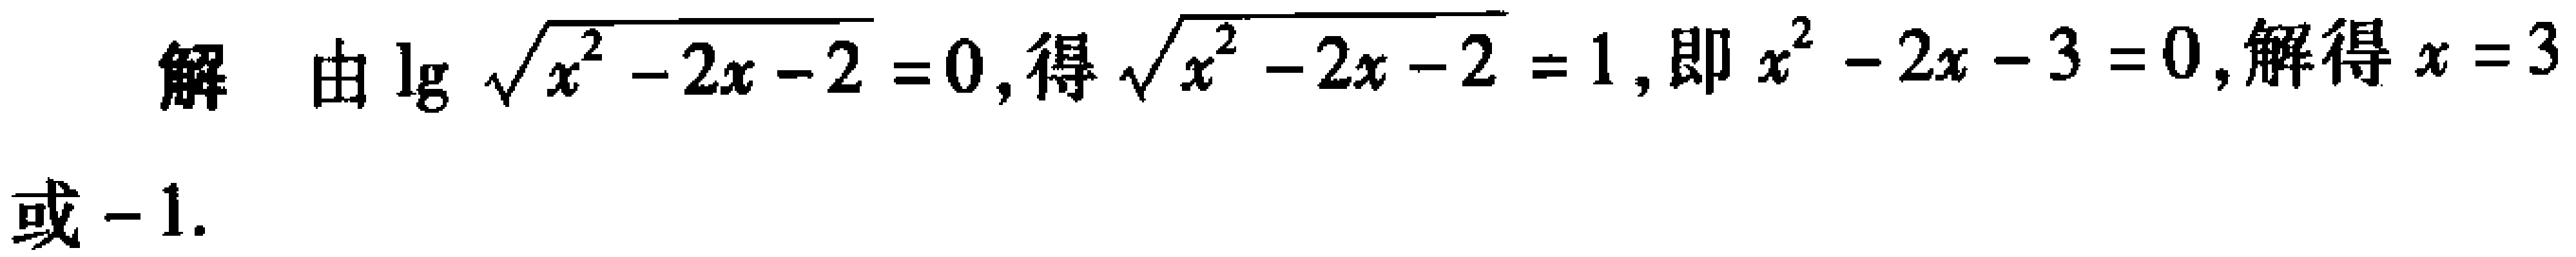
解 由\(\lg\sqrt{x^{2}-2x - 2}=0\)，得\(\sqrt{x^{2}-2x - 2}=1\)，即\(x^{2}-2x - 3 = 0\)，解得\(x = 3\)或\(-1\).